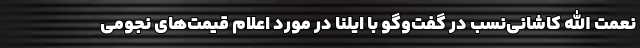
نعمت الله کاشانی‌نسب در گفت‌وگو با ایلنا در مورد اعلام قیمت‌های نجومی